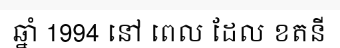
ឆ្នាំ 1994 នៅ ពេល ដែល ខតនី